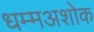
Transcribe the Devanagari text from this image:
धम्मअशोक